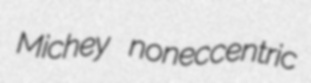
Michey noneccentric